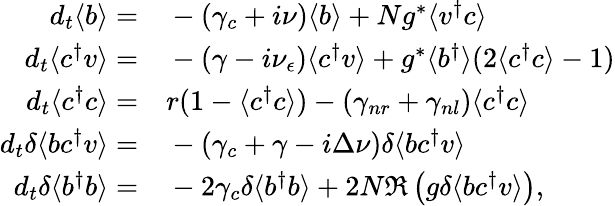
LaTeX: \begin{array}{rl}{d_{t}\langle b\rangle=}&{{}-(\gamma_{c}+i\nu)\langle b\rangle+Ng^{*}\langle v^{\dagger}c\rangle}\\ {d_{t}\langle c^{\dagger}v\rangle=}&{{}-(\gamma-i\nu_{\epsilon})\langle c^{\dagger}v\rangle+g^{*}\langle b^{\dagger}\rangle(2\langle c^{\dagger}c\rangle-1)}\\ {d_{t}\langle c^{\dagger}c\rangle=}&{{}r(1-\langle c^{\dagger}c\rangle)-(\gamma_{nr}+\gamma_{nl})\langle c^{\dagger}c\rangle}\\ {d_{t}\delta\langle bc^{\dagger}v\rangle=}&{{}-(\gamma_{c}+\gamma-i\Delta\nu)\delta\langle bc^{\dagger}v\rangle}\\ {d_{t}\delta\langle b^{\dagger}b\rangle=}&{{}-2\gamma_{c}\delta\langle b^{\dagger}b\rangle+2N\Re\left(g\delta\langle bc^{\dagger}v\rangle\right),}\end{array}